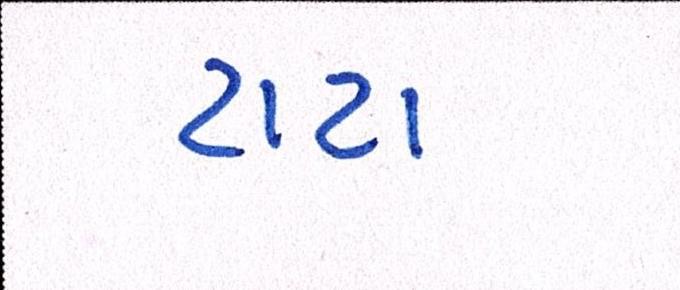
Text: ટાટા